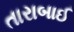
તારાબાઈ